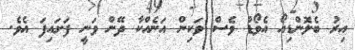
އިރު ބެލޮންޑިއޯ އެވޯޑް ވެސް ވަކިން އަނެއްކާ ދޭން ވަނީ ފަށައިފަ އެވެ.